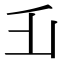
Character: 𠂜